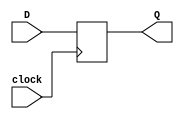
`timescale 1ns / 1ps
//////////////////////////////////////////////////////////////////////////////////
// Company: 
// Engineer: 
// 
// Design Name: 
// Module Name: DFF
// Project Name: 
// Target Devices: 
// Tool Versions: 
// Description: 
// 
// Dependencies: 
// 
// Revision:
// Revision 0.01 - File Created
// Additional Comments:
// 
//////////////////////////////////////////////////////////////////////////////////


module DFF(
    input clock,
    input D,
    output reg Q

    );
    always @(posedge clock) begin
        Q <= D;
    end
endmodule